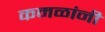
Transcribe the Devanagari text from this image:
कमळांनी